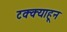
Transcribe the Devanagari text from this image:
टक्‍क्‍याहून